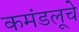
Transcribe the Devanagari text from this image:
कमंडलूचे